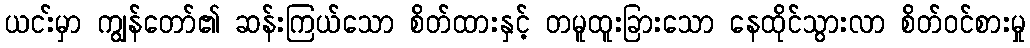
ယငး်မှာ ကျွန်တော်၏ ဆန်းကြယ်သော စိတ်ထားနှင့် တမူထူးခြားသော နေထိုင်သွားလာ စိတ်ဝင်စားမှု